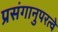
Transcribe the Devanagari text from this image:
प्रसंगानुपरत्वे